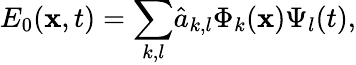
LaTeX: E_{0}(\mathbf{x},t)={\displaystyle\sum_{k,l}}\hat{a}_{k,l}\Phi_{k}(\mathbf{x})\Psi_{l}(t),